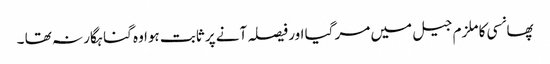
پھانسی کا ملزم جیل میں مر گیا اور فیصلہ آنے پر ثابت ہوا وہ گناہگار نہ تھا ۔